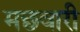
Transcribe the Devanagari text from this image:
मछवारी